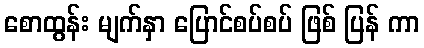
စောထွန်း မျက်နှာ ပြောင်စပ်စပ် ဖြစ် ပြန် ကာ